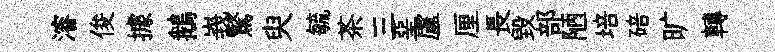
濬俊據鵝峩驚臾毓茶三堊盧厘長毀部陋培碚旷轉